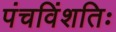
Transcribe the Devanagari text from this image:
पंचविंशतिः